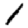
Digit: 1